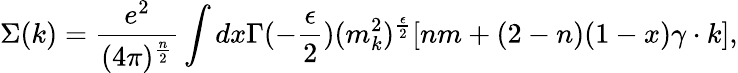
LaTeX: \Sigma(k)={\frac{e^{2}}{(4\pi)^{\frac{n}{2}}}}\int dx\Gamma(-{\frac{\epsilon}{2}})(m_{k}^{2})^{\frac{\epsilon}{2}}[nm+(2-n)(1-x)\gamma\cdot k],